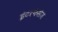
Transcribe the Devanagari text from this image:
इंटरफेसेज